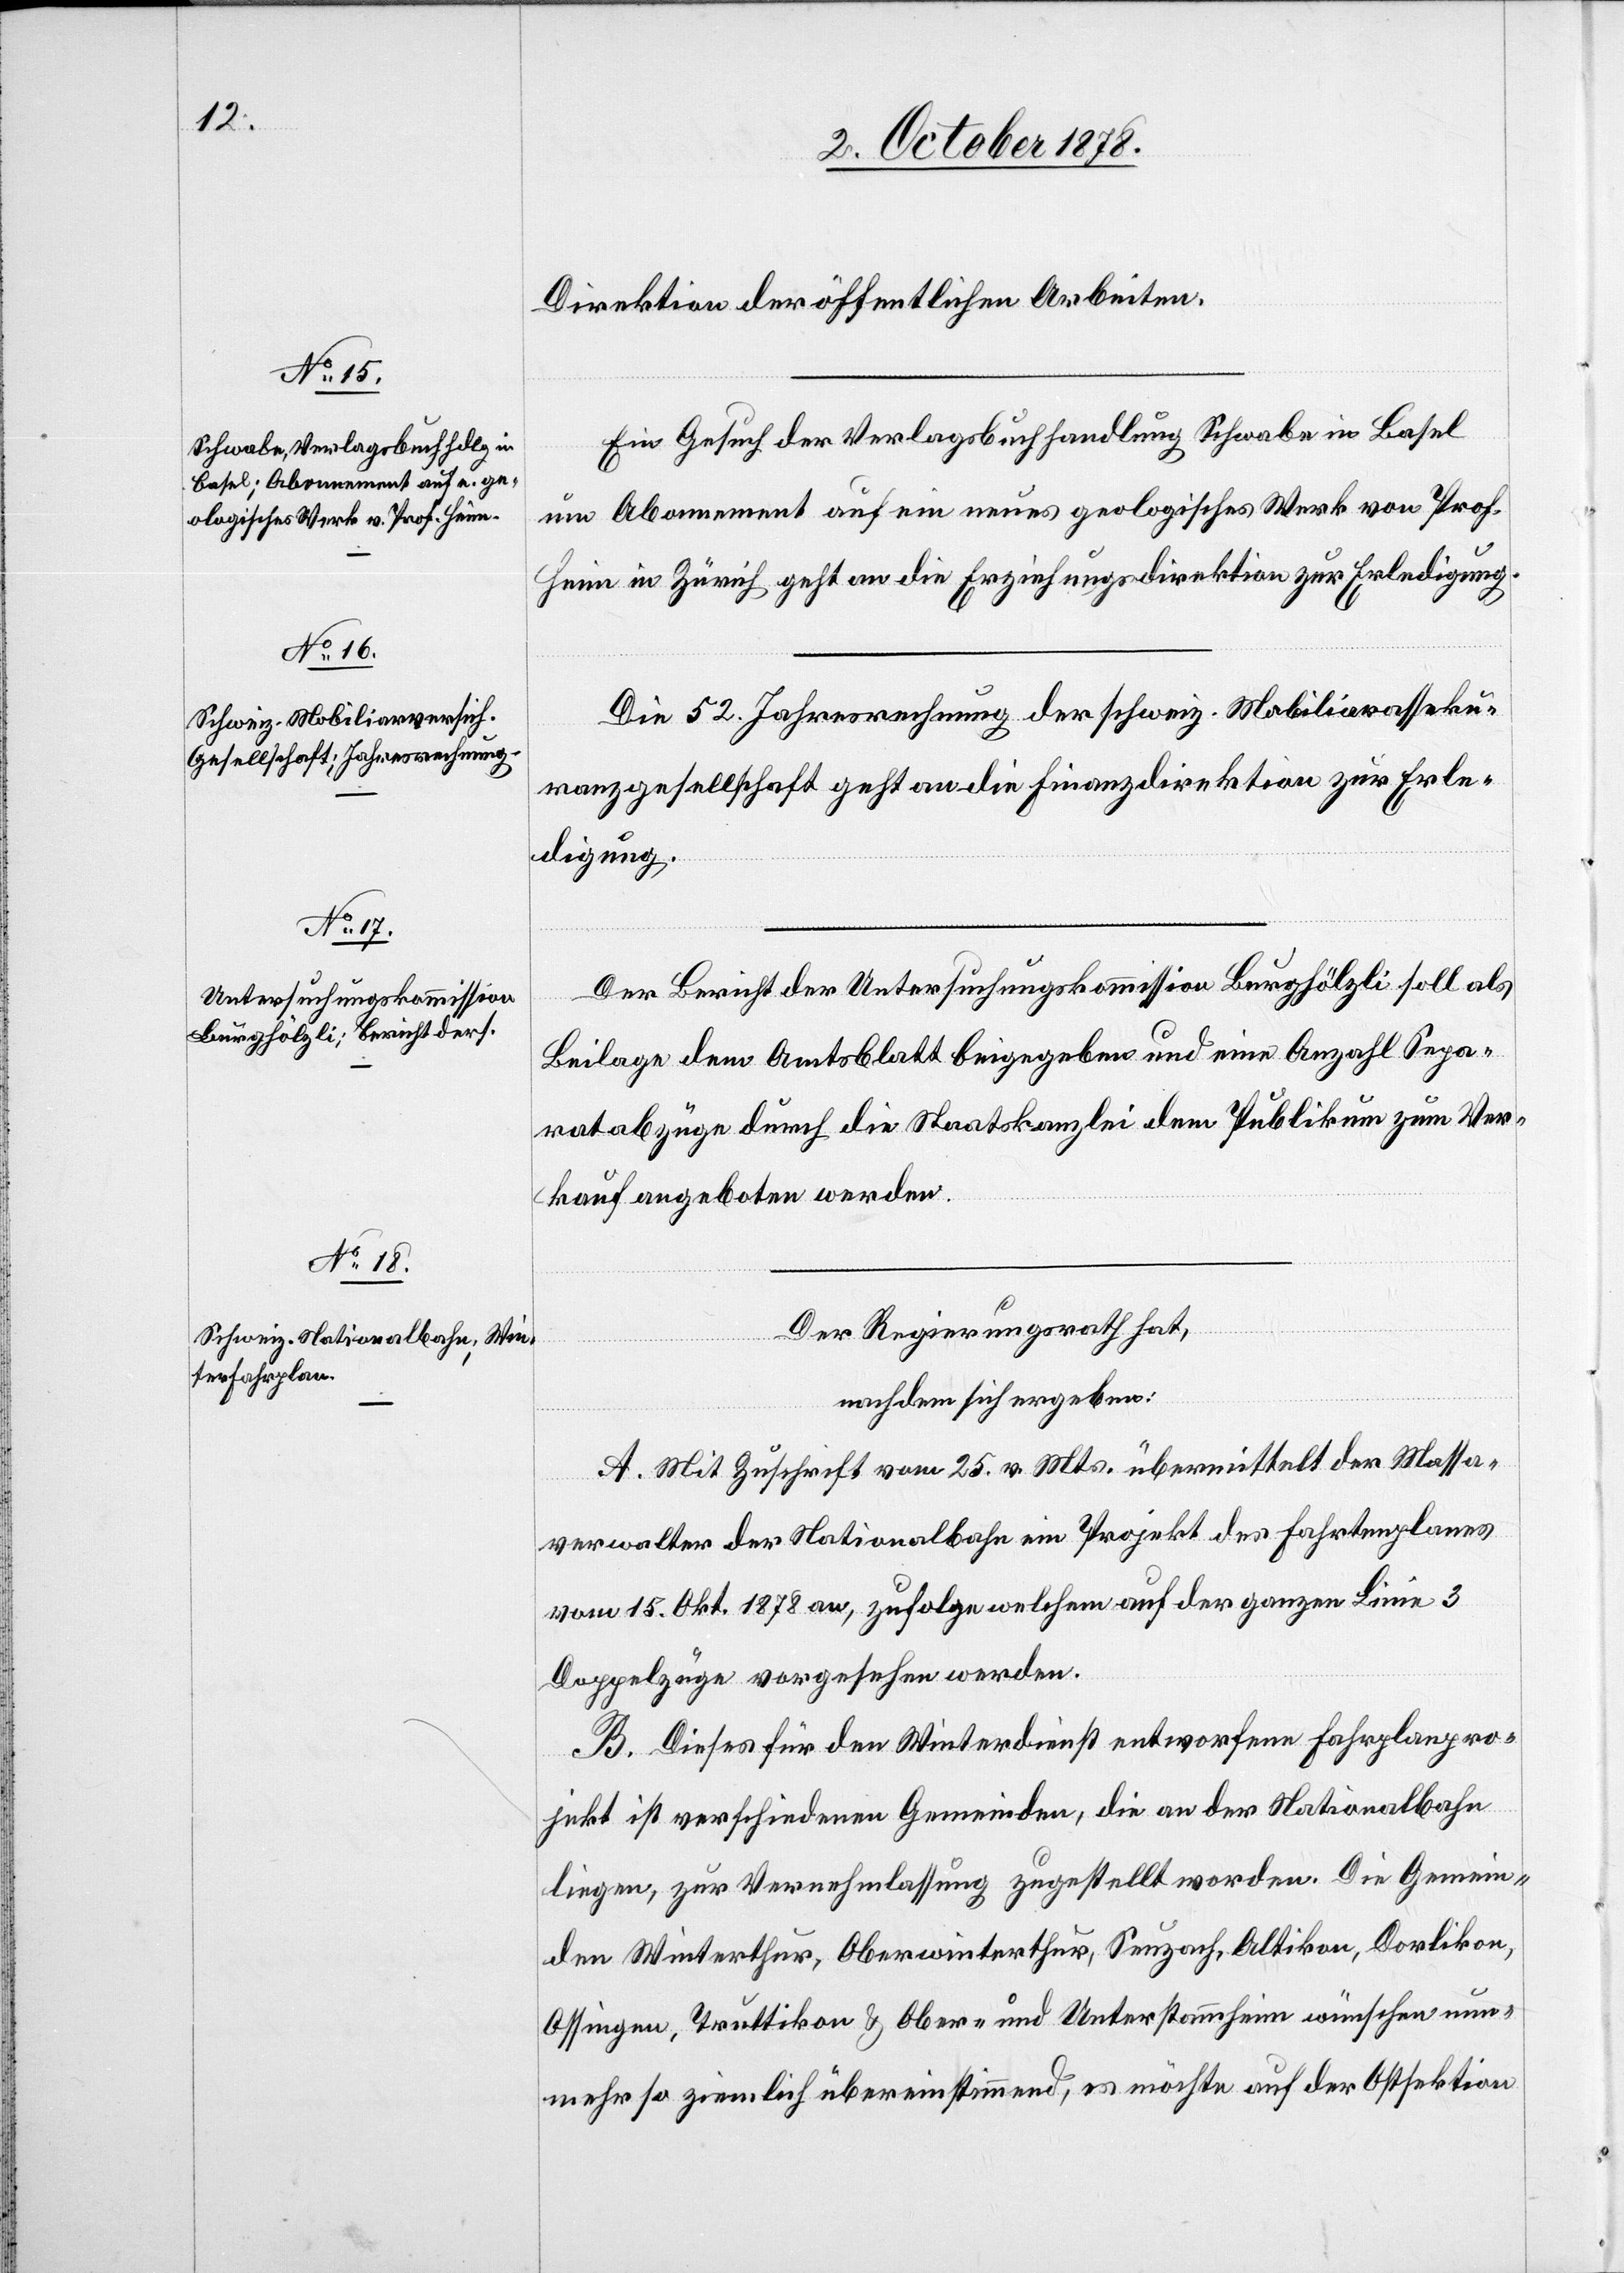
Direktion der öffentlichen Arbeiten.
Ein Gesuch der Verlagsbuchhandlung Schwabe in Basel
um Abonnement auf ein neues geologisches Werk von Prof.
Heim in Zürich geht an die Erziehungsdirektion zur Erledigung.
Die 52. Jahresrechnung der schweiz. Mobiliarasseku¬
ranzgesellschaft geht an die Finanzdirektion zur Erle¬
digung.
Der Bericht der Untersuchungskommission Burghölzli soll als
Beilage dem Amtsblatt beigegeben und eine Anzahl Sepa¬
ratabzüge durch die Staatskanzlei dem Publikum zum Ver¬
kauf angeboten werden.
Der Regierungsrath hat,
nachdem sich ergeben:
A. Mit Zuschrift vom 25. v. Mts. übermittelt der Massa¬
verwalter der Nationalbahn ein Projekt des Fahrtenplanes
vom 15. Okt. 1878 an, zufolge welchem auf der ganzen Linie 3
Doppelzüge vorgesehen werden.
B. Dieses für den Winterdienst entworfene Fahrplanpro¬
jekt ist verschiedenen Gemeinden, die an der Nationalbahn
liegen, zur Vernehmlassung zugestellt worden. Die Gemein¬
den Winterthur, Oberwinterthur, Seuzach, Altikon, Dorlikon,
Ossingen, Truttikon & Ober- und Unterstammheim wünschen nun¬
mehr so ziemlich übereinstimmend, es möchte auf der Ostsektion